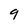
Character: 9